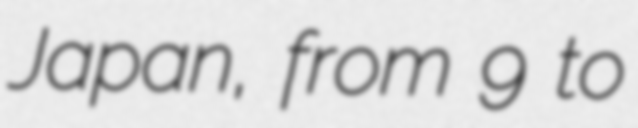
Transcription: Japan, from 9 to